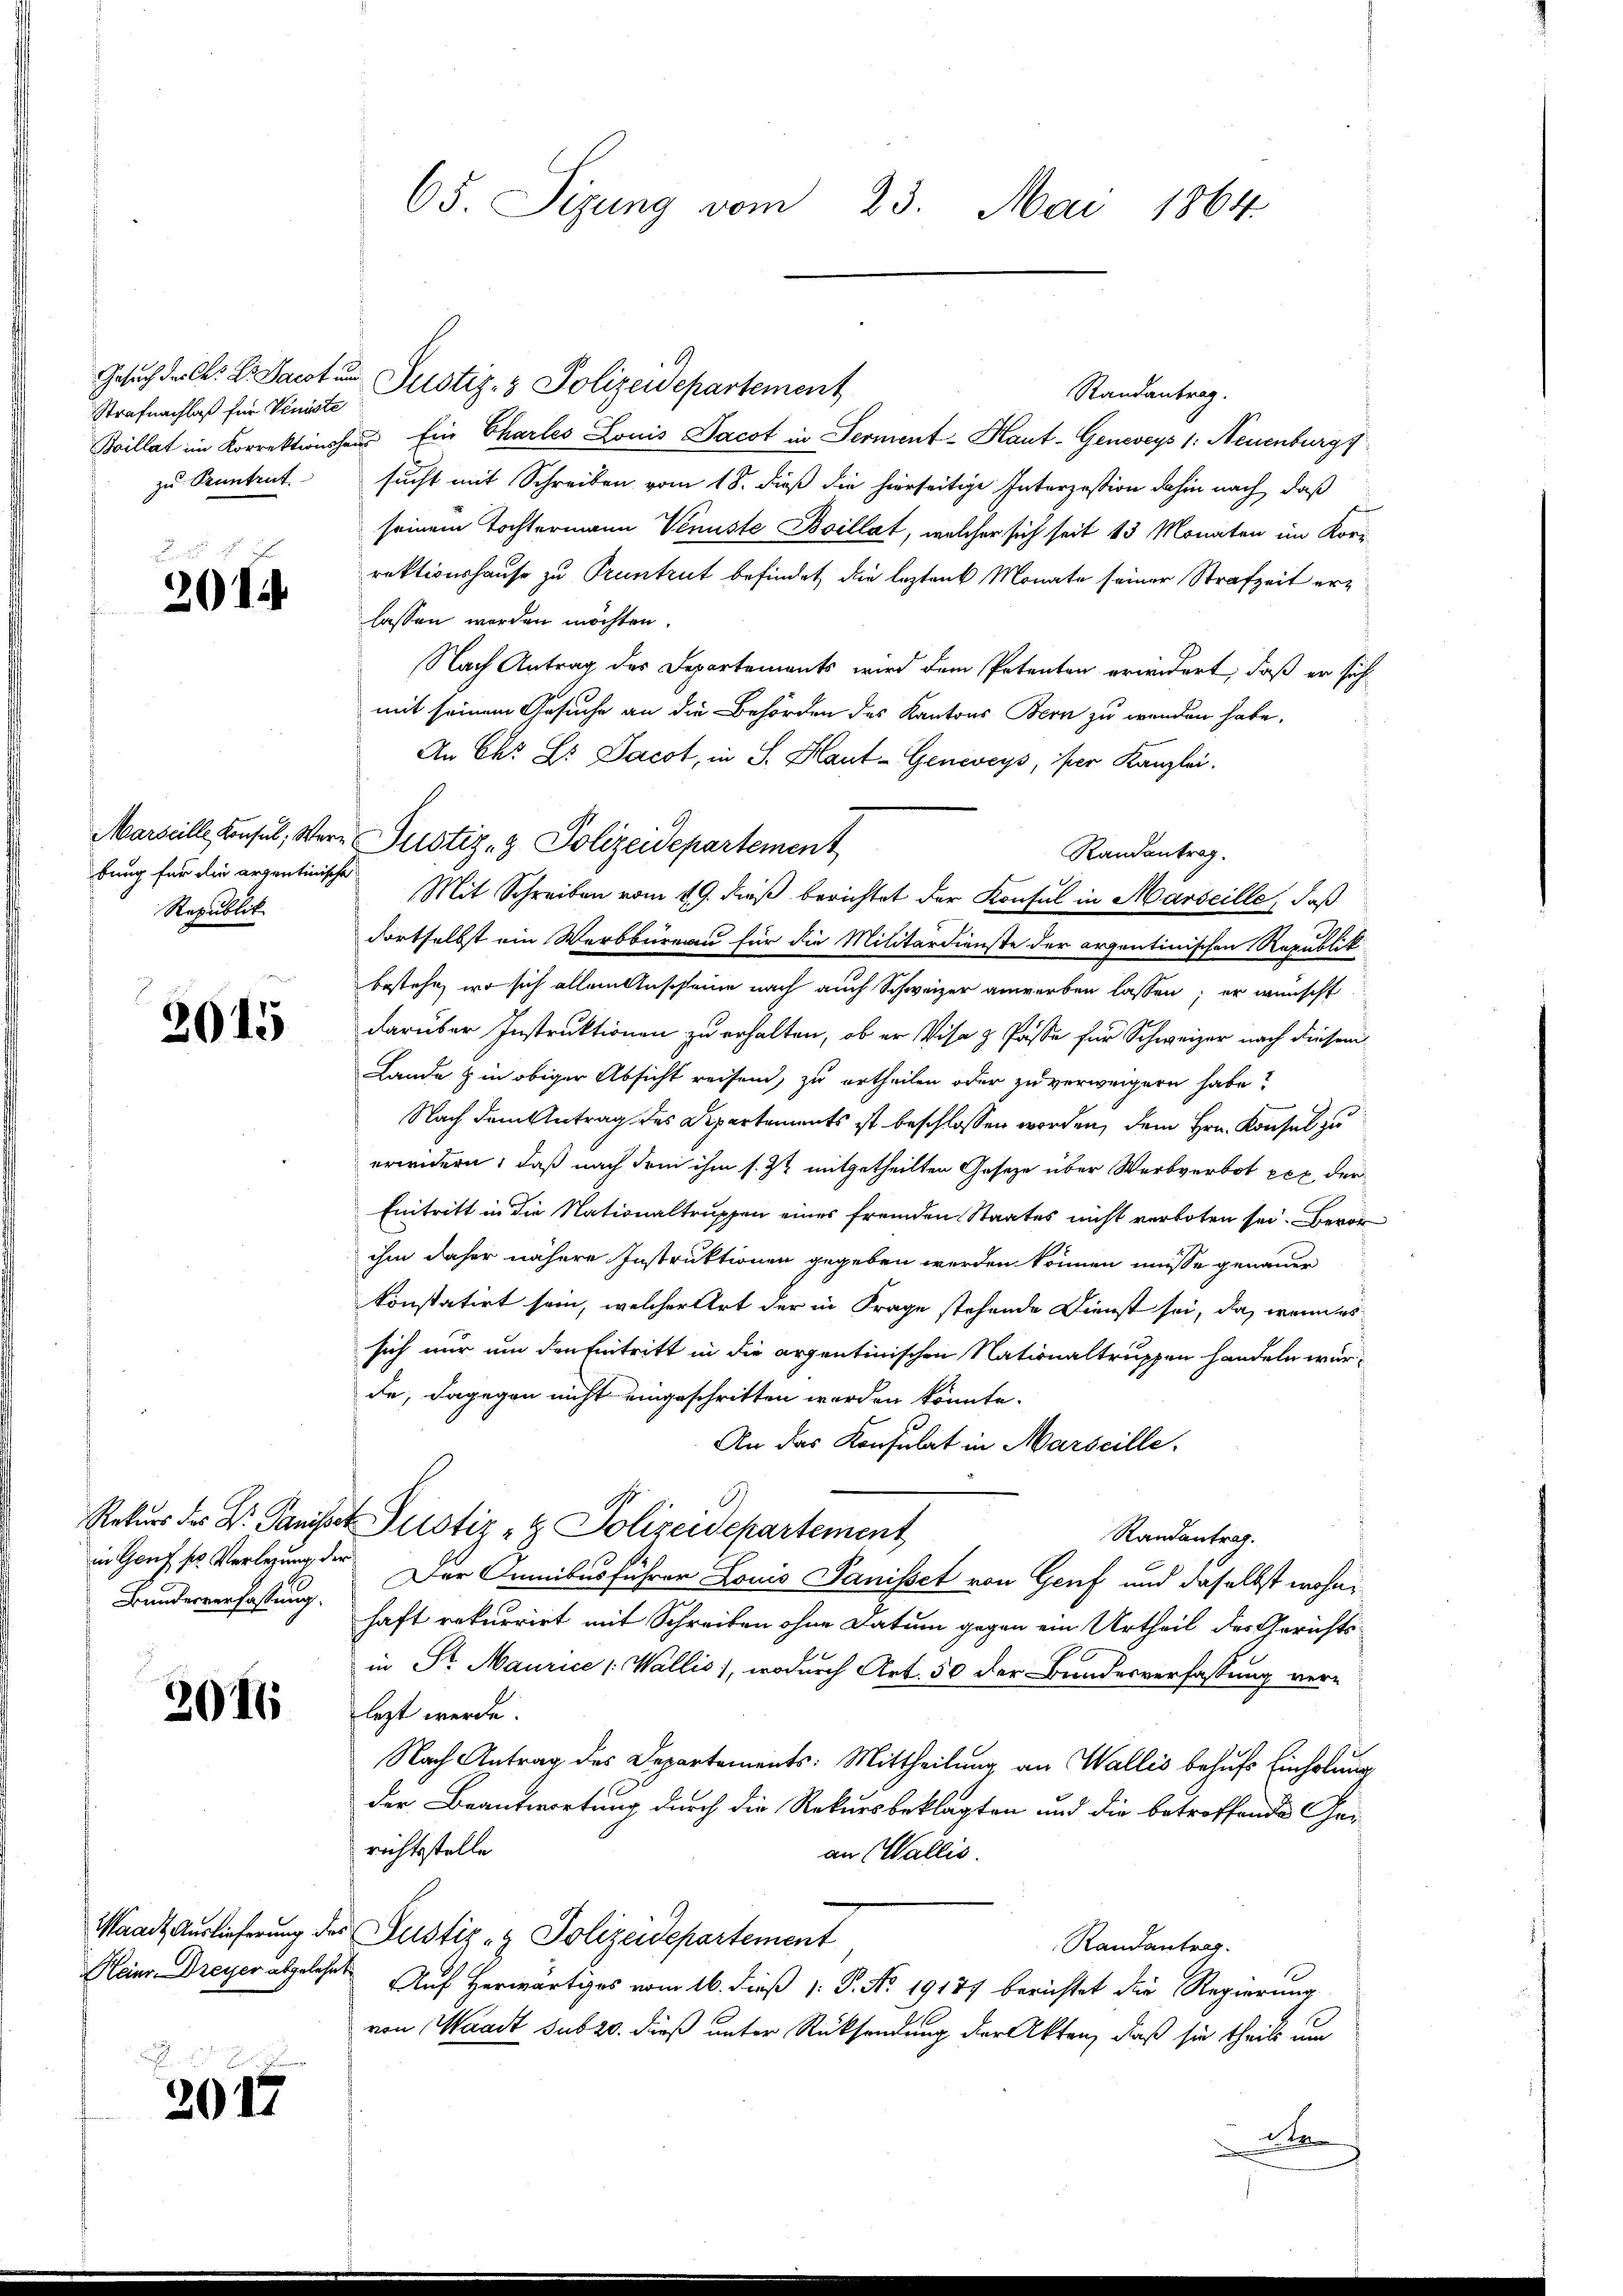
Strafnachlaß für Veniste
zu Pruntrut

2015

bung für die arzentinische
Republik

2015

Bundesverfassung.

2016

Waadt, Auslieferung des

2
2017

65. Sizung vom 23. Mai 1864.

Gesuch der C. Dr. Jacot und Justiz- & Polizeidepartement
Randantrag.
Boillat im Korrektionshaus Ein Charles Louis Jacot in Serment - Haut- Geneveys 1: Neuenburg
sucht mit Schreiben vom 18. dieß die hierseitige Interzession dahin nach, daß
seinem Tochtermann Venuste Boillat, welcher sich seit 13 Monaten im Korr
rektionshause zu Pruntrut befindet die lezten Monate seiner Strafzeit erlassen worden möchten.
Nach Antrag des Departements wird dem Petenten erwidert, daß er sich
mit seinem Gesuche an die Behörden des Kantons Bern zu werden habe,
An Chr. L. Jacot, in S. Haut-Geneveys, per Kanzlei.
Randantrag.
Mit Schreiben vom 19. dieß berichtet der Konsul in Marseille, daß
dortselbst ein Werbbüreau für die Militärdienste der argentinischen Republik
bestehe, wo sich allein Anscheine nach auch Schweizer anwerben lassen; er wünscht
darüber Instruktionen zu erhalten, ob er Visa & Pässe für Schweizer nach diesem
Lande & in obiger Absicht reisen, zu ertheilen oder zu verweigern habe?
Nach dem Antrag des Departements ist beschlossen worden, dem Hrn. Konsul zu
erwidern, daß nach dem ihm s. 22 mitgetheilten Gesetze über Werbverbot per der
Eintritt in die Nationaltruppen eines fremden Staates nicht verboten sei. Beri
ihm daher nähere Instruktionen gegeben werden können müsse genauer
konstatirt sein, welcher Art der in Frage stehende Dienst sei, da, wenn es
sich nur um den Eintritt in die arzentinischen Nationaltruppen handeln würde, dagegen nicht eingeschritten worden könnte.
An das Konsulat in Marseille.
.
Rekurs der Dr. Panisser Justiz- & Polizeidepartement
Randantrag.
in Genf ss Verlegung der Der Junibus führer Louis Panisset von Genf und daselbst wohnhaft rekurrirt mit Schreiben ohne Datum gegen ein Urtheil des Gerichtsin Sr. Maurice (Wallis), wodurch Art. 50 der Bundesverfassung ver-
lezt werde.
Nach Antrag des Departements: Mittheilung an Wallis behufs Einholung
der Beantwortung durch die Rekursbeklagten und die betreffende Gerichtsstelle
an (Wallis.
Justiz- & Polizeidepartement
Randantrag.
Heinr. Dreyer abgelesen Auf herwärtiges vom 16. dieß P. P. No. 19177 berichtet die Regierung
von Waadt sub 20. dieß unter Rücksendung der Akten, daß sie theils um
1
d

Marseille Consul, Were Justiz- & Polizeidepartement